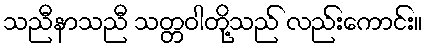
သညီနာသညီ သတ္တဝါတို့သည် လည်းကောင်း။